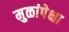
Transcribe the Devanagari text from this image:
मुळांपेक्षा